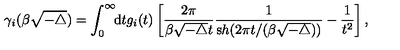
\gamma _ { i } ( \beta \sqrt { - \triangle } ) = \int _ { 0 } ^ { \infty } \! \! { \mathrm d } t g _ { i } ( t ) \left[ \frac { 2 \pi } { \beta { \sqrt { - \triangle } } t } \frac { 1 } { { \mathrm s h } ( 2 \pi t / ( \beta { \sqrt { - \triangle } } ) ) } - \frac { 1 } { t ^ { 2 } } \right] ,